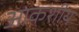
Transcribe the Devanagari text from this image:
आकशीय